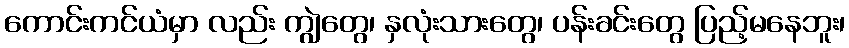
ကောင်းကင်ယံမှာ လည်း ကျွဲတွေ၊ နှလုံးသားတွေ၊ ပန်းခင်းတွေ ပြည့်မနေဘူး၊